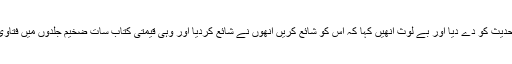
پھر اس کو مکمل سیٹنگ کرواکے مکتبہ اصحاب الحدیث کو دے دیا اور بے لوث انھیں کہا کہ اس کو شائع کریں انھوں نے شائع کردیا اور وہی قیمتی کتاب سات ضخیم جلدوں میں فتاوی حصاریہ ،مقالات علمیہ کے نام سے مطبوع ہے ۔